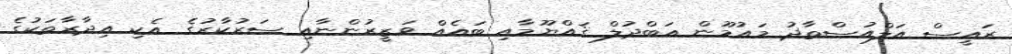
ރައީސް އަލްއުސްތާޛު މައުމޫން ޢަބްދުލް ޤައްޔޫމާއި ބައެއް ވަޒީރުންނާއި ސަރުކާރުގެ އެކި އިދާރާތަކުގެ